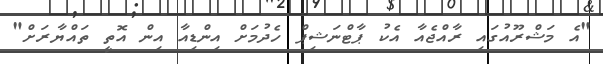
"އެ މަޝްރޫއުގައި ރާއްޖެއާ އެކު ޕާޓްނަޝިޕް ހެދުމަށް އިންޑިއާ އިން އޮތީ ތައްޔާރަށް"